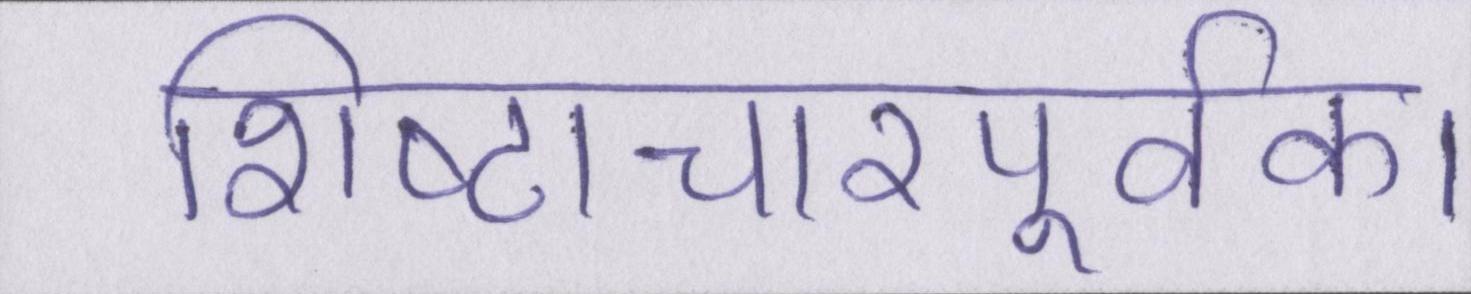
शिष्टाचारपूर्वक।